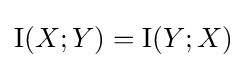
\operatorname {I} (X;Y)=\operatorname {I} (Y;X)